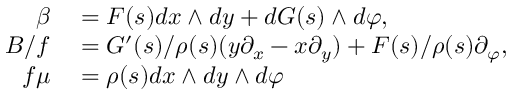
\begin{array} { r l } { \beta } & { { } = F ( s ) d x \wedge d y + d G ( s ) \wedge d \varphi , } \\ { B / f } & { { } = G ^ { \prime } ( s ) / \rho ( s ) ( y \partial _ { x } - x \partial _ { y } ) + F ( s ) / \rho ( s ) \partial _ { \varphi } , } \\ { f \mu } & { { } = \rho ( s ) d x \wedge d y \wedge d \varphi } \end{array}